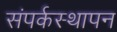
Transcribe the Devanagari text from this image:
संपर्कस्थापन